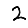
Digit: 2